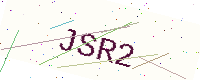
Text: JSR2